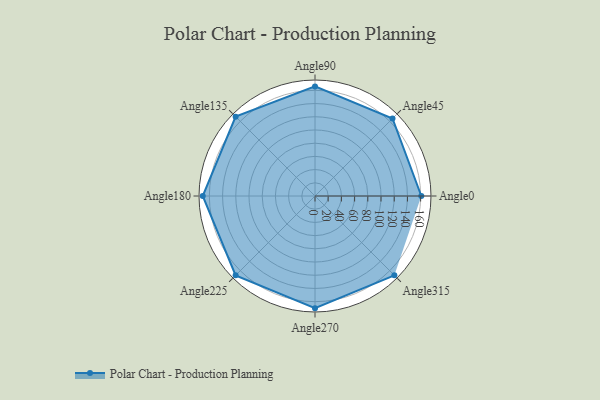
{"axis": {"x": "Angle", "y": "Radius"}, "legend": [""], "data": [{"x": "Angle0", "y": 161.0, "type": ""}, {"x": "Angle45", "y": 166.0, "type": ""}, {"x": "Angle90", "y": 166.0, "type": ""}, {"x": "Angle135", "y": 170.0, "type": ""}, {"x": "Angle180", "y": 170, "type": ""}, {"x": "Angle225", "y": 170, "type": ""}, {"x": "Angle270", "y": 170, "type": ""}, {"x": "Angle315", "y": 170.0, "type": ""}]}